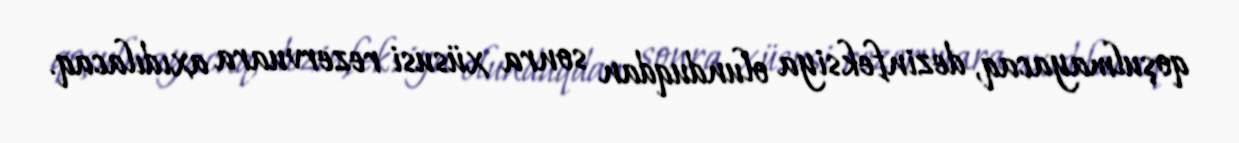
qoşulmayacaq, dezinfeksiya olunduqdan sonra xüsusi rezervuara axıdılacaq.